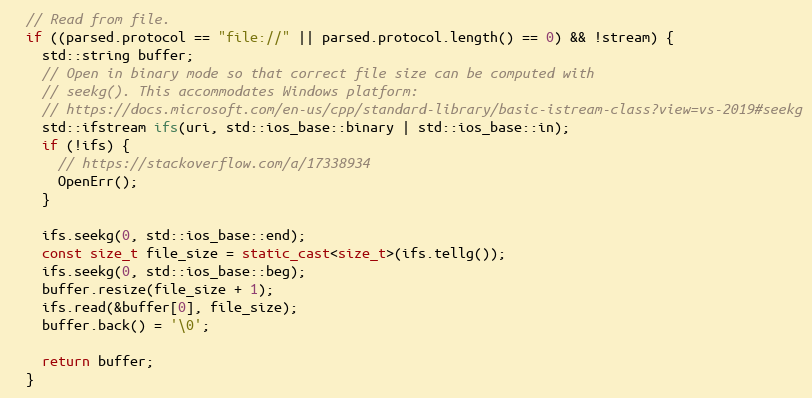
Language: C++
  // Read from file.
  if ((parsed.protocol == "file://" || parsed.protocol.length() == 0) && !stream) {
    std::string buffer;
    // Open in binary mode so that correct file size can be computed with
    // seekg(). This accommodates Windows platform:
    // https://docs.microsoft.com/en-us/cpp/standard-library/basic-istream-class?view=vs-2019#seekg
    std::ifstream ifs(uri, std::ios_base::binary | std::ios_base::in);
    if (!ifs) {
      // https://stackoverflow.com/a/17338934
      OpenErr();
    }

    ifs.seekg(0, std::ios_base::end);
    const size_t file_size = static_cast<size_t>(ifs.tellg());
    ifs.seekg(0, std::ios_base::beg);
    buffer.resize(file_size + 1);
    ifs.read(&buffer[0], file_size);
    buffer.back() = '\0';

    return buffer;
  }